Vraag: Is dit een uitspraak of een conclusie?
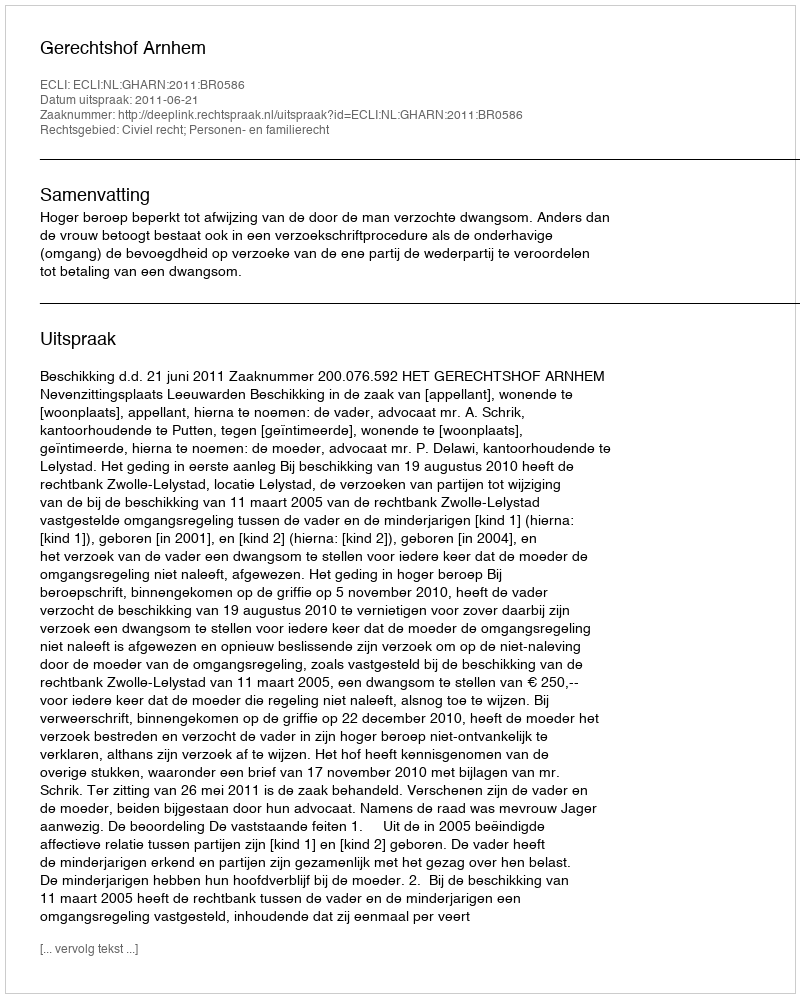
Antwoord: Uitspraak